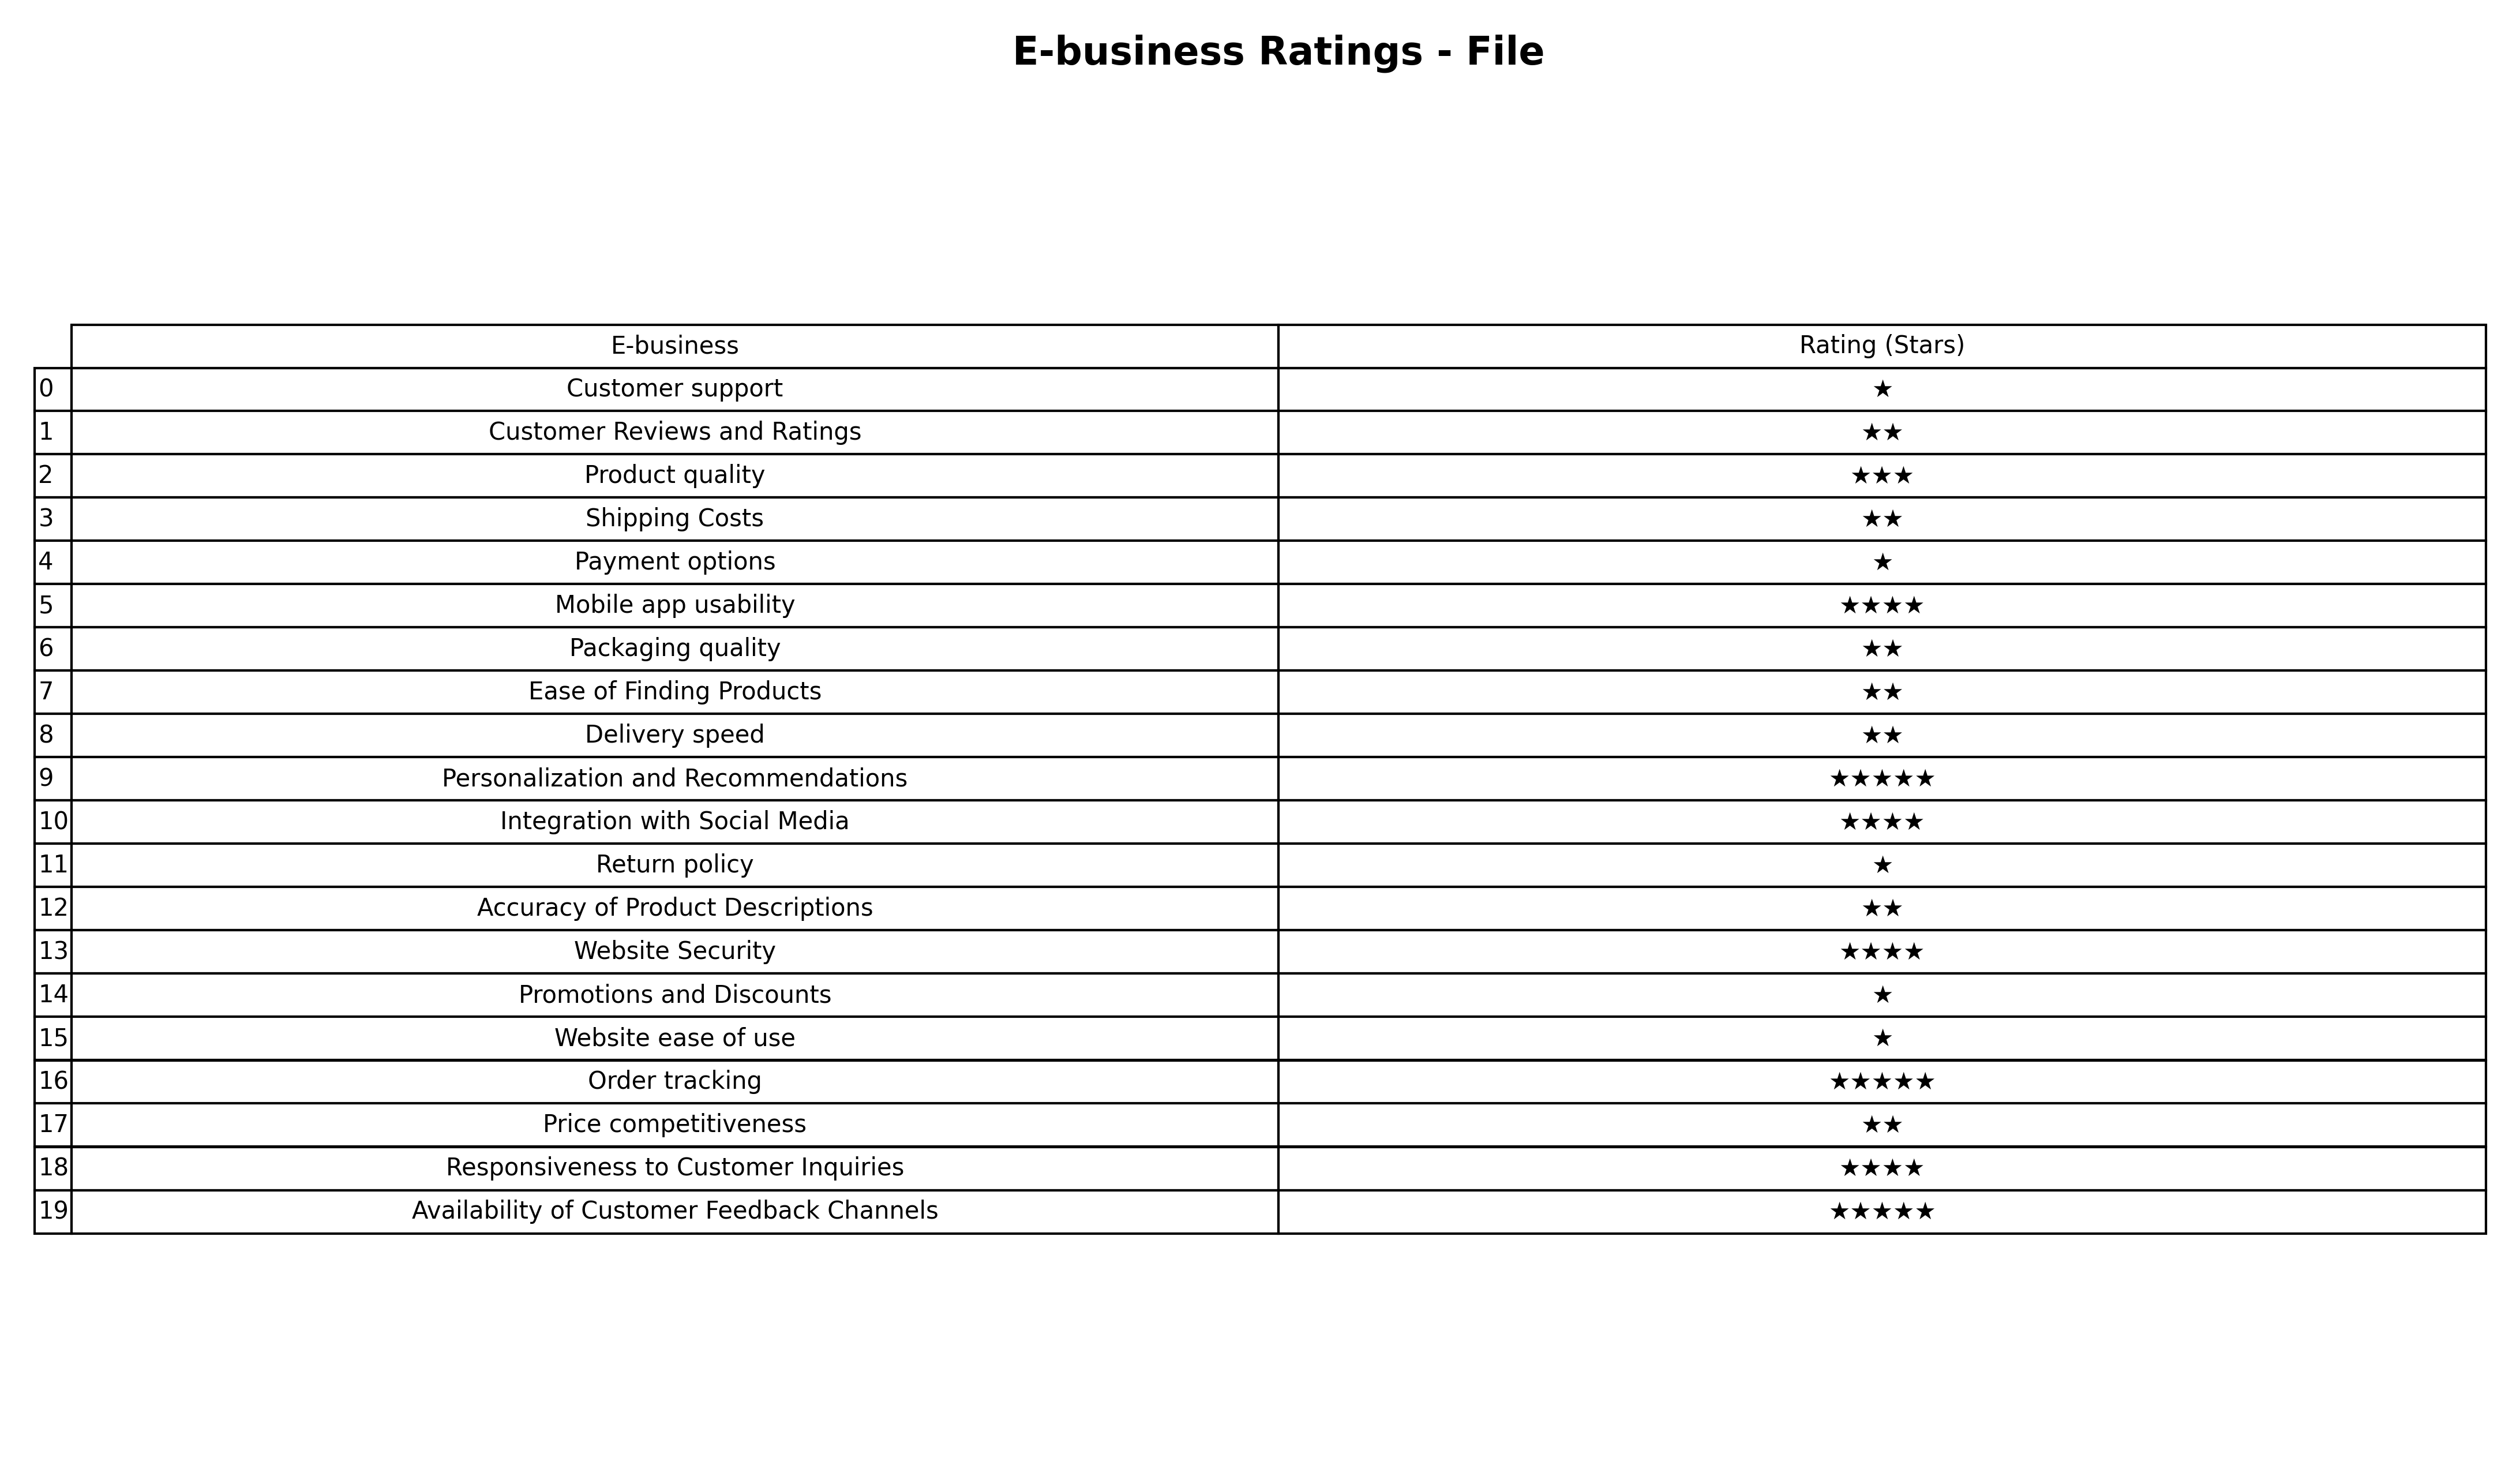
question: What is the rating of Customer Reviews and Ratings?
answer: ★★